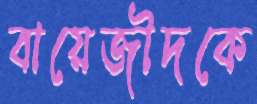
বায়েজীদকে